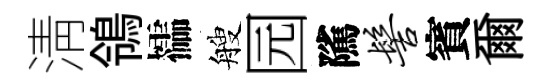
淸鴒櫺艘园隲髻賓爾